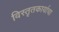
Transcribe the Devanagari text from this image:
विस्तृतकार्याचा